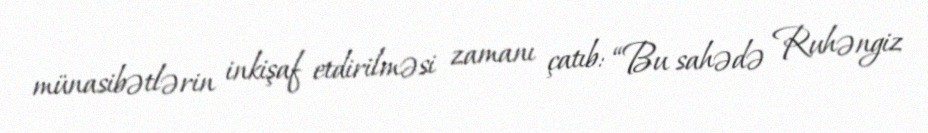
münasibətlərin inkişaf etdirilməsi zamanı çatıb: “Bu sahədə Ruhəngiz